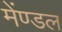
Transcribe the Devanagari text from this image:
मेंण्डल